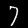
Digit: 7